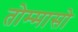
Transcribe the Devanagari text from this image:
तोम्मासो